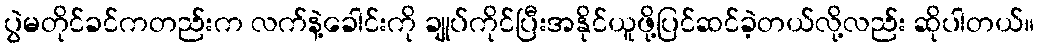
ပွဲမတိုင်ခင်ကတည်းက လက်နဲ့ခေါင်းကို ချုပ်ကိုင်ပြီးအနိုင်ယူဖို့ပြင်ဆင်ခဲ့တယ်လို့လည်း ဆိုပါတယ်။